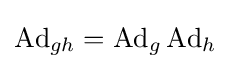
\operatorname {Ad} _{gh}=\operatorname {Ad} _{g}\operatorname {Ad} _{h}